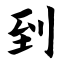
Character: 到